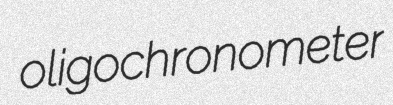
oligochronometer